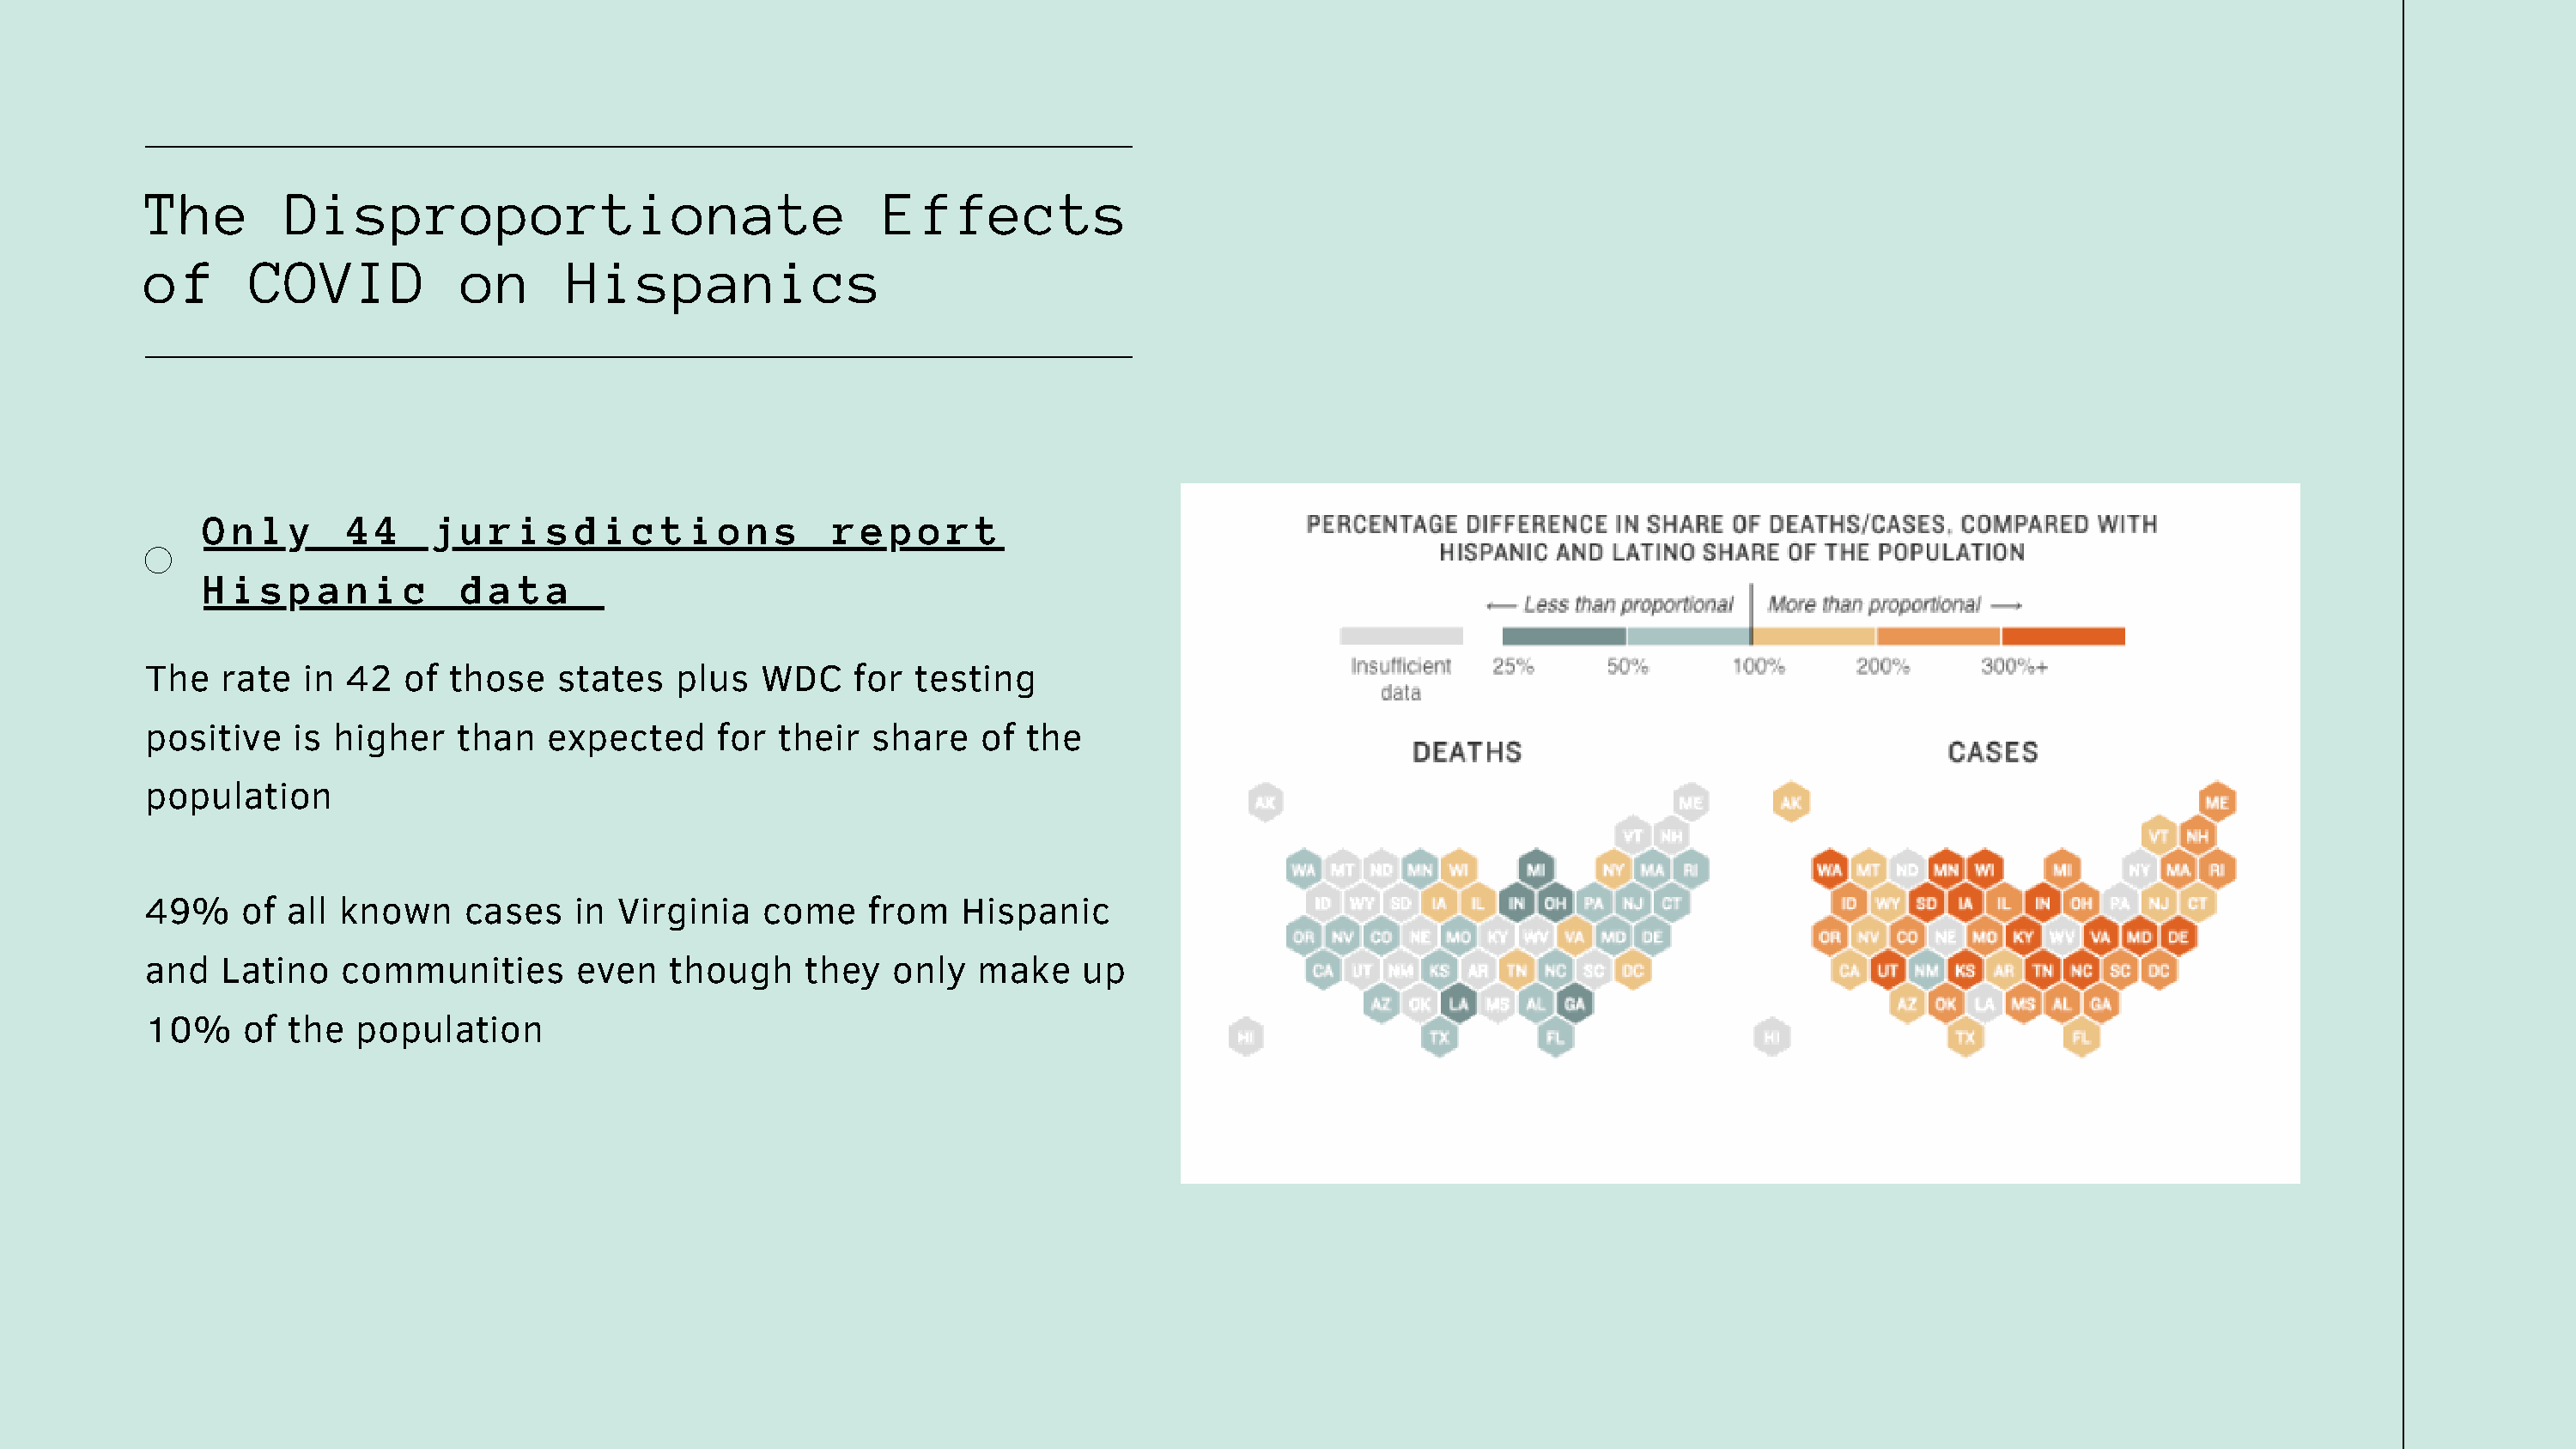
The        Disproportionate                              Effects
 of      COVID            on      Hispanics
 Only       44    jurisdictions                  report
 Hispanic            data
 The   rate  in  42  of  those   states   plus   WDC    for  testing
 positive    is higher   than   expected     for  their  share    of the
 population
 49%     of all known     cases   in  Virginia   come    from   Hispanic
 and   Latino   communities       even    though    they   only  make    up
 10%     of the  population